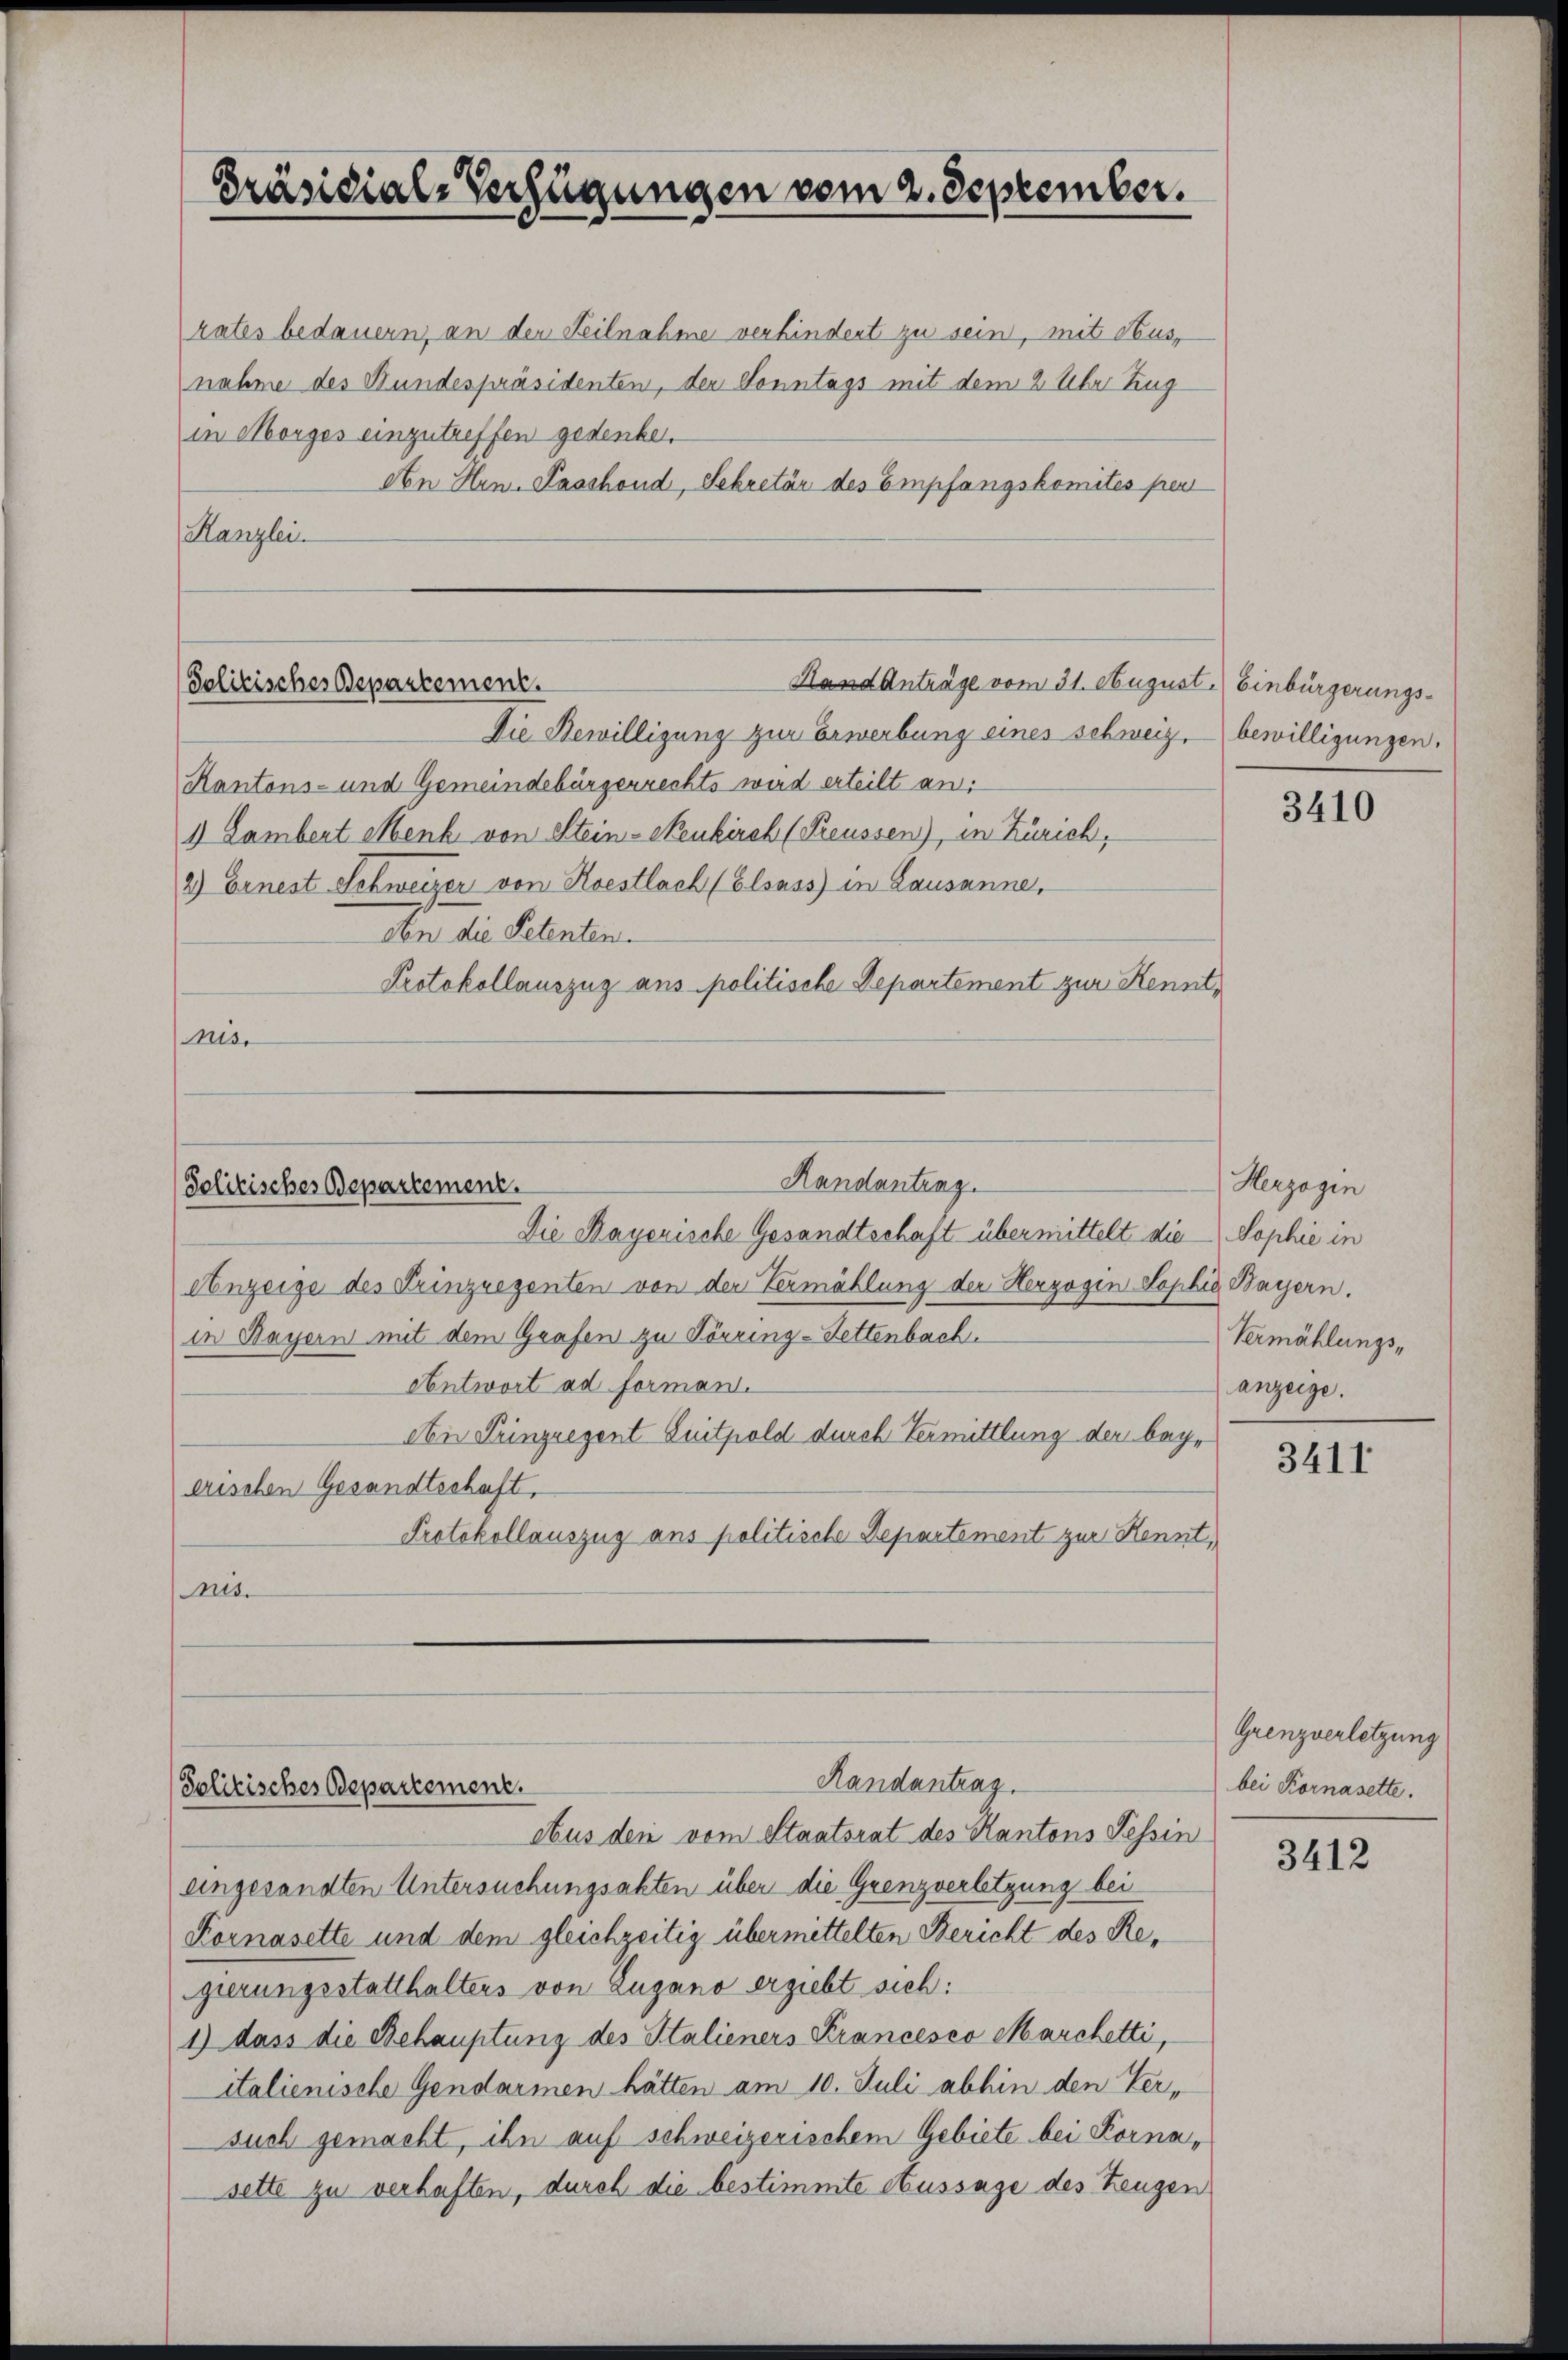
Präsidial-Verfügungen vom 2. September.

Solitisches Departement.
Hand Anträge vom 31. August.) Einbürgerungs¬

Randantung.
Solitisches Departement.
Die Payerische Gesandtschaft übermittelt die Sophie in

rates bedauern, an den Teilnahme verhindert zu sein, mit Ausnahme des Bundespräsidenten, der Sonntags mit dem 2 Uhr Zug
in Morges einzutreffen gedenken.
An Hrn. Passhond, Sekretär des Empfangskomités peut
Kanzlei.

Solitisches Departement.

Die Bewilligung zur Erwerbung eines schweiz, – bewilligungen.
Kantons- und Gemeindebürgerrechts wird erteilt an:
1) Lambert Menk von Stein-Neukirch (Preussen), in Zürich,
2) Ernest Schweizer von Koestlach (Elsass in Lausanne,
Von die Petenten.
Protokollauszug aus politische Departement zur Kenntnis.

Anzeige des Prinziezenten von der Vermählung der Herzogin Sophie Bayern.
in Bayern mit dem Grafen zu Törring-Settenbach.
Antwort ad forman.
An Tringegent Quitpold durch Vermittlung der beyerischen Gesandtschaft,
Protokollauszug aus politische Departement zur Kennt,
nis.

Randantrag.

Herzogin
Vermählungsanzeige.

Abus den vom Staatsrat des Kantons Tessin
eingesandten Untersuchungsakten über die Grenzverletzung bei
Kornasette und dem gleichzeitig übermittelten Bericht des Regierungsstatthalters von Zugano ergiebt sich:
1) dass die Behauptung des Stalieners Krancesco Marchetti,
italienische Gendarmen hätten am 10. Juli abhin den Versuch gemacht, ihn auf schweizerischem Gebiete bei Kornasette zu verhaften, durch die bestimmte Aussage des Zeugen

3410

3411

Grenzverletzung
bei Kornasette.

3412